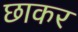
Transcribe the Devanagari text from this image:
छाकर